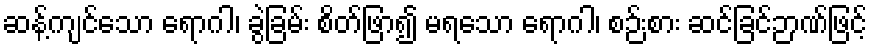
ဆန့်ကျင်သော ရောဂါ၊ ခွဲခြမ်း စိတ်ဖြာ၍ မရသော ရောဂါ၊ စဉ်းစား ဆင်ခြင်ဉာဏ်ဖြင့်